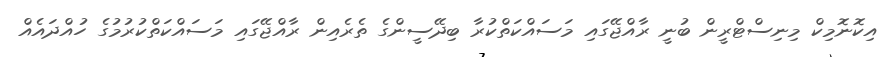
އިކޮނޮމިކް މިނިސްޓްރީން ބުނީ ރާއްޖޭގައި މަސައްކަތްކުރާ ބިދޭސީންގެ ތެރެއިން ރާއްޖޭގައި މަސައްކަތްކުރުމުގެ ހުއްދައެއް